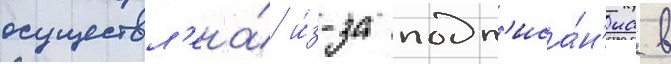
осуществл'ена́ и́з-за подп'иса́н'иа в